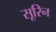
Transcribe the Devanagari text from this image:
सूरिन